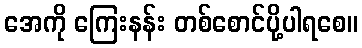
အေကို ကြေးနန်း တစ်စောင်ပို့ပါရစေ။